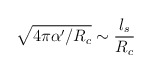
\begin{align*}\sqrt{4\pi \alpha '/R_{c}}\sim \frac{l_{s}}{R_{c}}\end{align*}